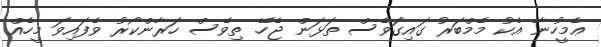
ޢެމީހުނާ އެކު މެމްބަރު ގައިގަވެސް ތަޅަން ޖެހޭ. ތިވެސް ހަރާންކޯރު ވެފައިވަ މީހެއް